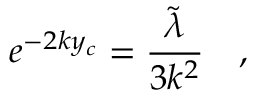
e ^ { - 2 k y _ { c } } = \frac { \widetilde { \lambda } } { 3 k ^ { 2 } } \quad ,